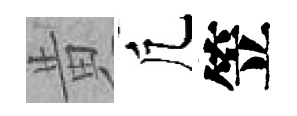
黄凢笠